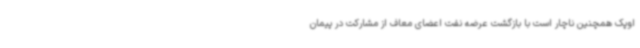
اوپک همچنین ناچار است با بازگشت عرضه نفت اعضای معاف از مشارکت در پیمان